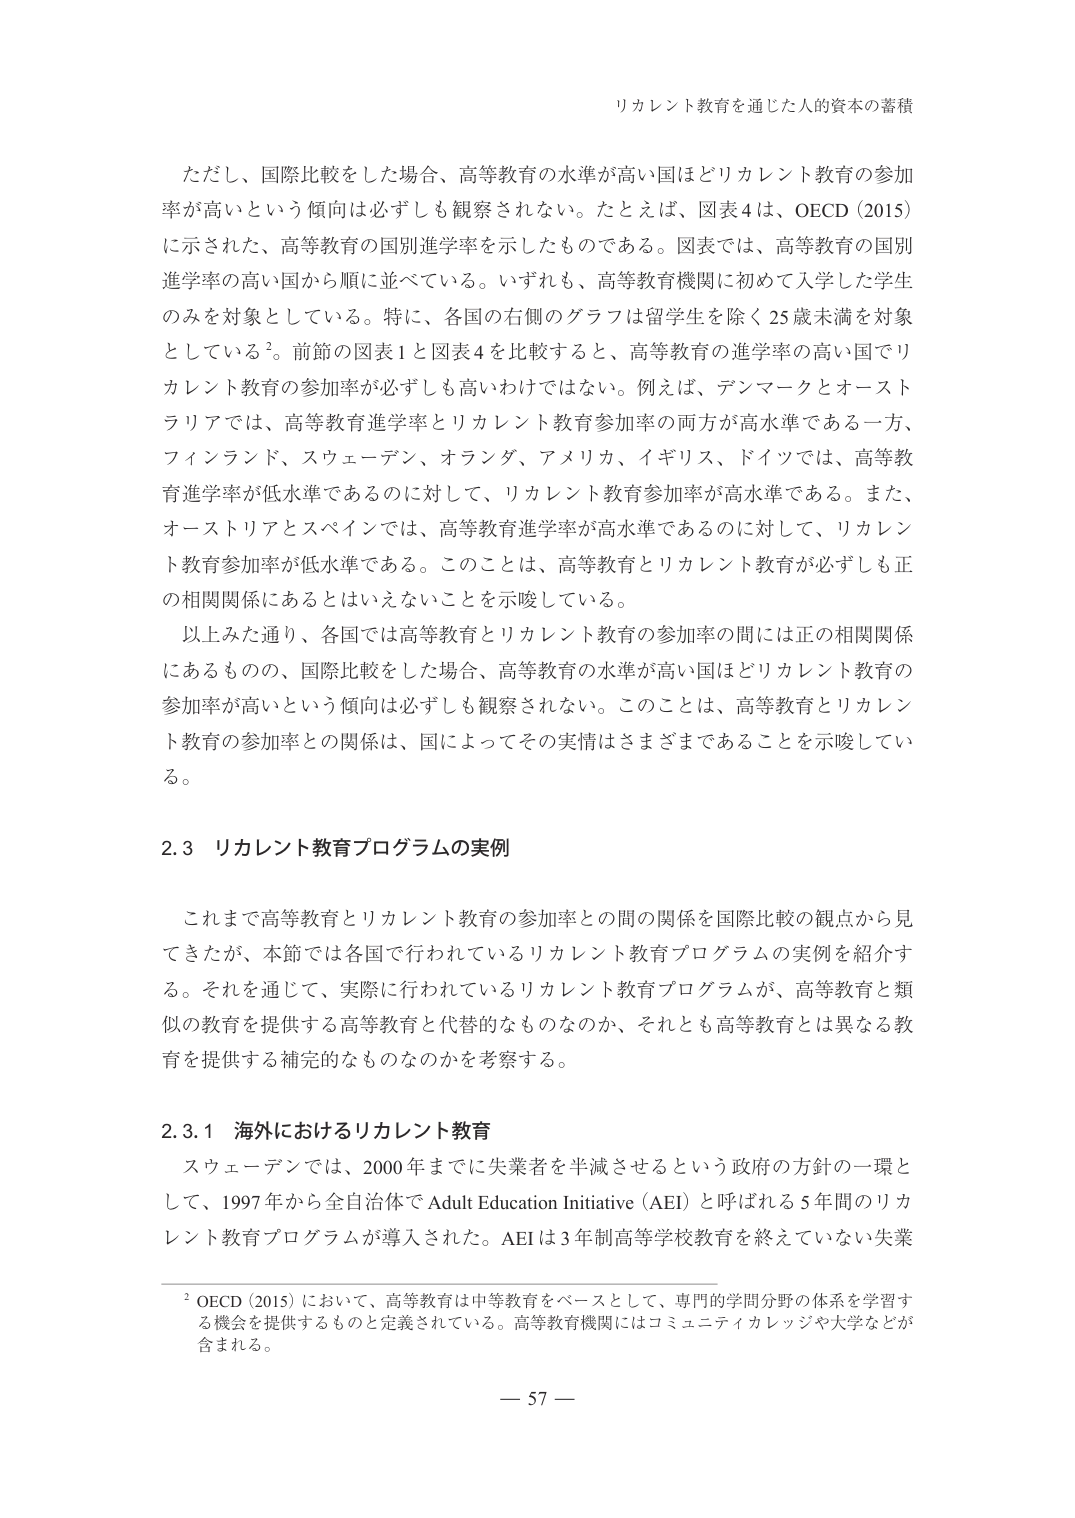
リカレント教育を通じた人的資本の蓄積

ただし、国際比較をした場合、高等教育の水準が高い国ほどリカレント教育の参加率が高いという傾向は必ずしも観察されない。たとえば、図表4は、OECD（2015）に示された、高等教育の国別進学率を示したものである。図表では、高等教育の国別進学率の高い国から順に並べている。いずれも、高等教育機関に初めて入学した学生のみを対象としている。特に、各国の右側のグラフは留学生を除く25歳未満を対象としている²。前節の図表1と図表4を比較すると、高等教育の進学率の高い国でリカレント教育の参加率が必ずしも高いわけではない。例えば、デンマークとオーストラリアでは、高等教育進学率とリカレント教育参加率の両方が高水準である一方、フィンランド、スウェーデン、オランダ、アメリカ、イギリス、ドイツでは、高等教育進学率が低水準であるのに対して、リカレント教育参加率が高水準である。また、オーストリアとスペインでは、高等教育進学率が高水準であるのに対して、リカレント教育参加率が低水準である。このことは、高等教育とリカレント教育が必ずしも正の相関関係にあるとはいえないことを示唆している。

以上みた通り、各国では高等教育とリカレント教育の参加率の間には正の相関関係にあるものの、国際比較をした場合、高等教育の水準が高い国ほどリカレント教育の参加率が高いという傾向は必ずしも観察されない。このことは、高等教育とリカレント教育の参加率との関係は、国によってその実情はさまざまであることを示唆している。

2.3 リカレント教育プログラムの実例

これまで高等教育とリカレント教育の参加率との間の関係を国際比較の観点から見てきたが、本節では各国で行われているリカレント教育プログラムの実例を紹介する。それを通じて、実際に行われているリカレント教育プログラムが、高等教育と類似の教育を提供する高等教育と代替的なものなのか、それとも高等教育とは異なる教育を提供する補完的なものなのかを考察する。

2.3.1 海外におけるリカレント教育

スウェーデンでは、2000年までに失業者を半減させるという政府の方針の一環として、1997年から全自治体でAdult Education Initiative（AEI）と呼ばれる5年間のリカレント教育プログラムが導入された。AEIは3年制高等学校教育を終えていない失業

² OECD（2015）において、高等教育は中等教育をベースとして、専門の学問分野の体系を学習する機会を提供するものと定義されている。高等教育機関にはコミュニティカレッジや大学などが含まれる。

— 57 —